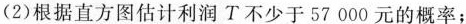
(2)根据直方图估计利润T不少于57000元的概率；